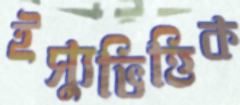
ইস্যুভিত্তিক